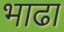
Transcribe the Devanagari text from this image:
भाढा